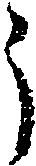
う